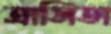
ত্রাসিতা